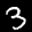
Label: 3